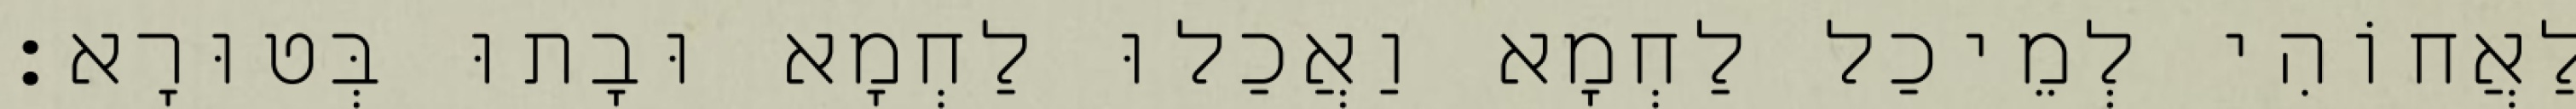
לַאֲחוֹהִי לְמֵיכַל לַחְמָא וַאֲכַלוּ לַחְמָא וּבָתוּ בְּטוּרָא׃